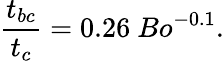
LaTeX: \frac{t_{bc}}{t_{c}}=0.26~Bo^{-0.1}.